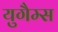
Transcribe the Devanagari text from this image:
युगैम्स